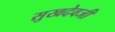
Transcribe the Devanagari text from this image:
सुखदेवजी